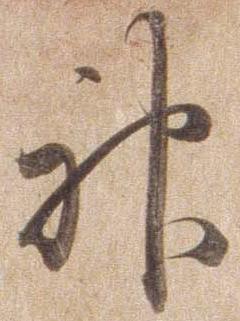
神